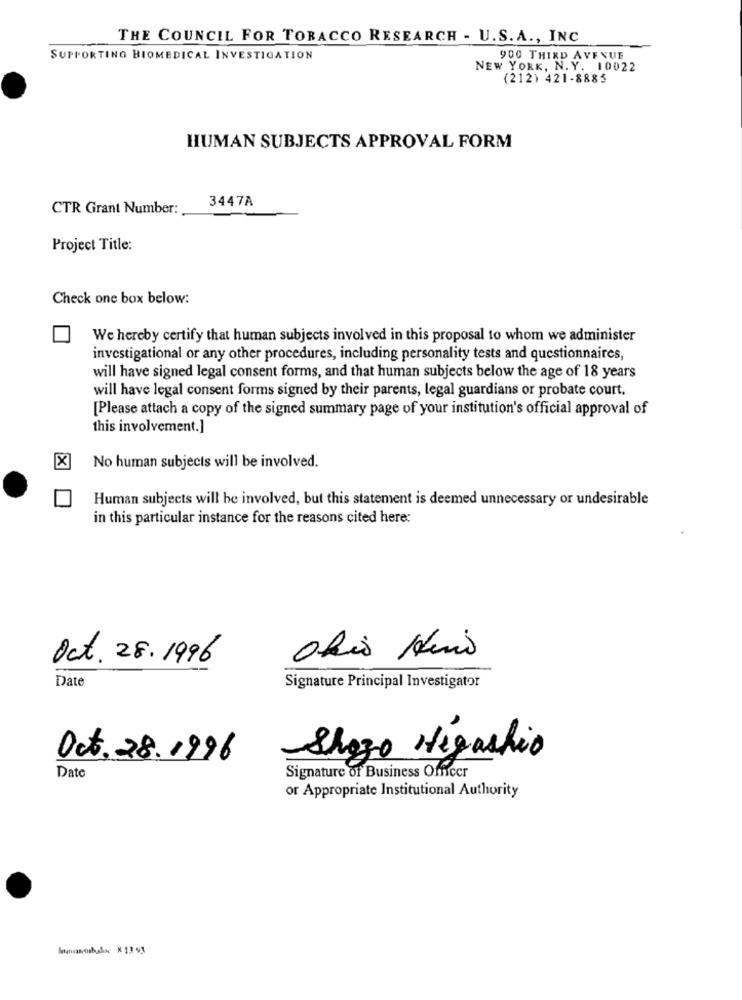
THE COUNCIL FOR TOBACCO RESEARCH - U.S.A ., INC
SUPPORTING BIOMEDICAL INVESTIGATION
900 THIRD AVENUE
NEW YORK, N. Y. 10022
(212) 421-8885
HUMAN SUBJECTS APPROVAL FORM
3447A
CTR Grant Number:
Project Title:
Check one box below:
We hereby certify that human subjects involved in this proposal to whom we administer
investigational or any other procedures, including personality tests and questionnaires,
will have signed legal consent forms, and that human subjects below the age of 18 years
will have legal consent forms signed by their parents, legal guardians or probate court.
[Please attach a copy of the signed summary page of your institution's official approval of
this involvement.]
[X
No human subjects will be involved.
Human subjects will be involved, but this statement is deemed unnecessary or undesirable
in this particular instance for the reasons cited here:
Oct. 28.1996
Ofis Kino
Date
Signature Principal Investigator
Sozo Higashio
Oct. 28.1996
Date
Signature of Business Officer
or Appropriate Institutional Authority